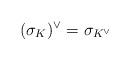
LaTeX: \begin{align*}(\sigma_K)^{\vee} = \sigma_{K^\vee}\end{align*}